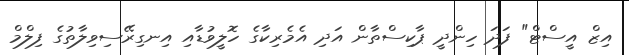
އިޒް އީސްޓް" ފަދަ ހިންދީ ޕާކިސްތާން އަދި އެމެރިކާގެ ހޮލީވުޑާއި އިނގިރޭސިވިލާތުގެ ފިލްމް